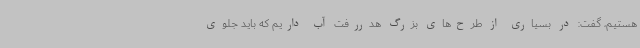
هستیم، گفت:‌ در بسیاری از طرح‌های بزرگ هدررفت آب داریم که باید جلوی